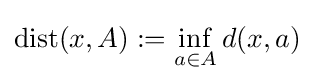
\mathrm {dist} (x,A):=\inf _{a\in A}d(x,a)